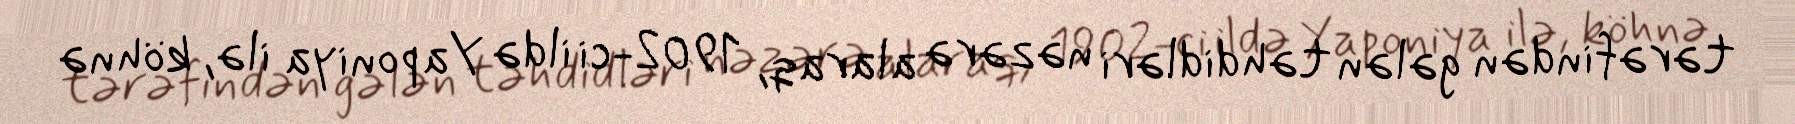
tərəfindən gələn təhdidləri nəzərə alaraq, 1902-ci ildə Yaponiya ilə, köhnə